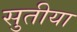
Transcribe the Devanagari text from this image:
सुतीया